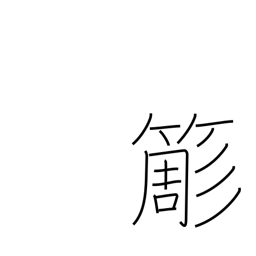
Meaning: bamboo whisk